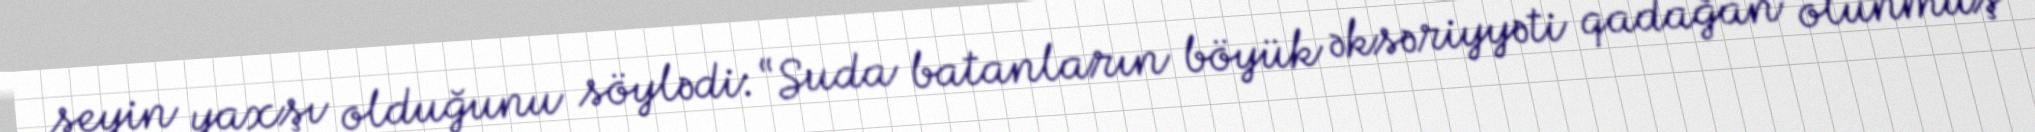
şeyin yaxşı olduğunu söylədi: “Suda batanların böyük əksəriyyəti qadağan olunmuş